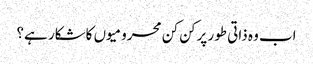
اب وہ ذاتی طور پرکن کن محرومیوں کاشکار ہے؟